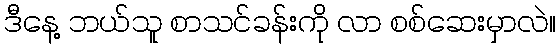
ဒီနေ့ ဘယ်သူ စာသင်ခန်းကို လာ စစ်ဆေးမှာလဲ။